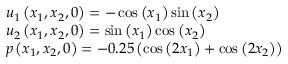
\begin{array} { r l } & { u _ { 1 } \left( x _ { 1 } , x _ { 2 } , 0 \right) = - \cos \left( x _ { 1 } \right) \sin \left( x _ { 2 } \right) } \\ & { u _ { 2 } \left( x _ { 1 } , x _ { 2 } , 0 \right) = \sin \left( x _ { 1 } \right) \cos \left( x _ { 2 } \right) } \\ & { p \left( x _ { 1 } , x _ { 2 } , 0 \right) = - 0 . 2 5 \left( \cos \left( 2 x _ { 1 } \right) + \cos \left( 2 x _ { 2 } \right) \right) } \end{array}